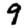
Digit: 9